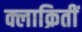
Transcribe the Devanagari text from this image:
क्लाक्रितीं